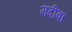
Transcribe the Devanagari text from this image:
मदीबा